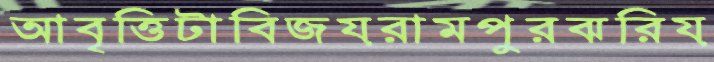
আবৃত্তিটাবিজয়রামপুরঝরিয়